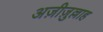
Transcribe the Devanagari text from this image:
अज़ीज़ुल्लाह